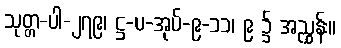
သုတ္တ-ပါ-၂၇၉၊ ဋ္ဌ-ပ-အုပ်-၉-၁၁၊ ၉ ၌ အညွှန်း။